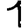
Digit: 1